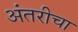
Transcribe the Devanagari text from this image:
अंतरीचा